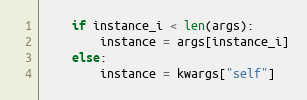
Language: Python
    if instance_i < len(args):
        instance = args[instance_i]
    else:
        instance = kwargs["self"]